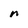
Character: n